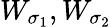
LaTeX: W_{\sigma_{1}},W_{\sigma_{2}}